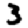
Digit: 3